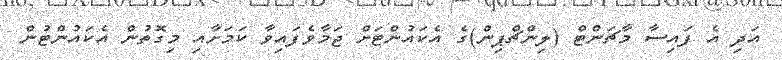
އަދި އެ ފައިސާ މާޗަންޓް (ލިންޗްޕިން)ގެ އެކައުންޓަށް ޖަމާވެފައިވާ ކަމަށާއި މިގޮތުން އެކައުންޓުން